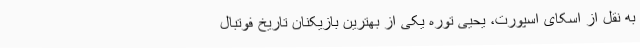
به نقل از اسکای اسپورت، یحیی توره یکی از بهترین بازیکنان تاریخ فوتبال